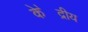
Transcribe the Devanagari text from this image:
के॓द्रीय